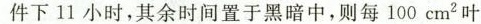
件下11小时，其余时间置于黑暗中，则每100cm^{2}